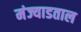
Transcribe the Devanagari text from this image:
मंज्याडताल